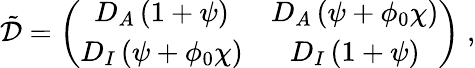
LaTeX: \begin{array}{r}{\tilde{\mathcal D}=\left(\begin{array}{cc}{D_{A}\left(1+\psi\right)}&{D_{A}\left(\psi+\phi_{0}\chi\right)}\\ {D_{I}\left(\psi+\phi_{0}\chi\right)}&{D_{I}\left(1+\psi\right)}\end{array}\right)\; ,}\end{array}